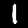
Digit: 1